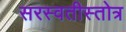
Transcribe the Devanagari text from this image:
सरस्वतीस्तोत्र